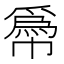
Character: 𢅌